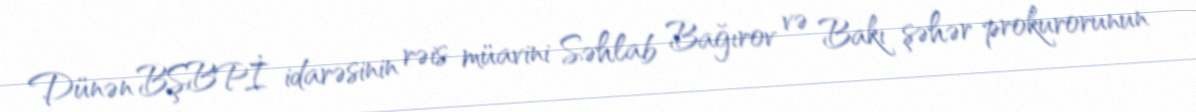
Dünən BŞBPİ idarəsinin rəis müavini Səhlab Bağırov və Bakı şəhər prokurorunun